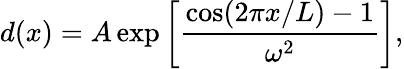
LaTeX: d(x)=A\exp\left[\frac{\cos(2\pi x/L)-1}{\omega^{2}}\right],